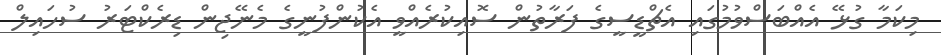
މިކަމާ ގުޅޭ އެއްބަސްވުމުގައި އެޗްޑީސީގެ ފަރާތުން ސޮއިކުރެއްވީ އެކުންފުނީގެ މެނޭޖިން ޑިރެކްޓަރު ސުހައިލް